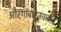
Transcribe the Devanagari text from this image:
औरंगाबादजवळील